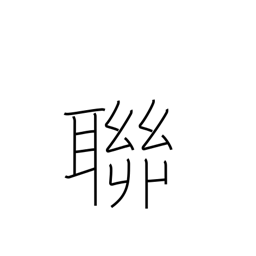
Meaning: gang